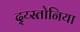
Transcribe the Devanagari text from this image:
द्य्स्तोनिया